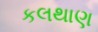
કલથાણ